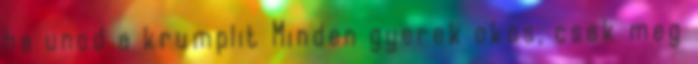
ha unod a krumplit Minden gyerek okos, csak meg